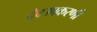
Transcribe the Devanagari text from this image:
देवउपकरणी